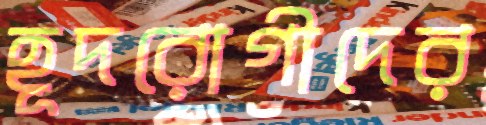
হূদরোগীদের